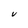
Character: V